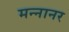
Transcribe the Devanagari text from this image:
मन्नानर